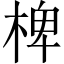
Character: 椑